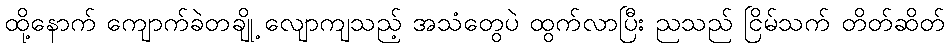
ထို့နောက် ကျောက်ခဲတချို့ လျောကျသည့် အသံတွေပဲ ထွက်လာပြီး ညသည် ငြိမ်သက် တိတ်ဆိတ်